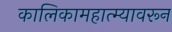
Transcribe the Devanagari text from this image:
कालिकामहात्म्यावरून